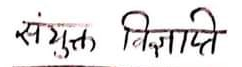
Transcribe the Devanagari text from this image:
संयुक्त विज्ञप्ति